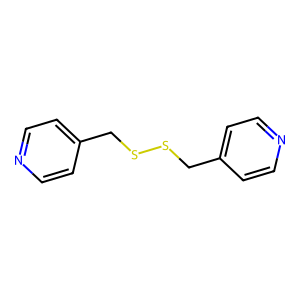
SMILES: c1cc(CSSCc2ccncc2)ccn1
Inhibits HIV replication: No